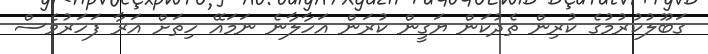
ގަބޫލުކުރުމުގެ ކުރިން ތެދުކަން ޔަގީން ކުރަން އަހާލާނެ ނަމައޭ ހިތަށް އަރާ ފަހަރުވެސް